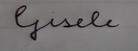
Signature authenticity: forged